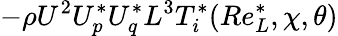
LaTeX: -\rho U^{2}U_{p}^{*}U_{q}^{*}L^{3}T_{i}^{*}(Re_{L}^{*},\chi,\theta)